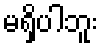
မရှိပါဘူး